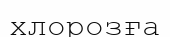
хлорозға